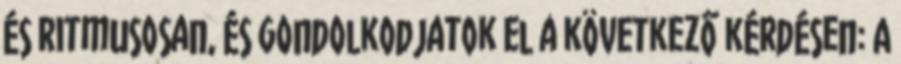
és ritmusosan, és gondolkodjatok el a következő kérdésen: A